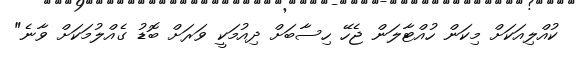
ކުއްލިއަކަށް މިކަން ހުއްޓާލަން ޖެހޭ ހިސާބަށް ދިއުމަކީ ވަރަށް ބޮޑު ގެއްލުމަކަށް ވާނެ"